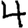
Digit: 4